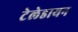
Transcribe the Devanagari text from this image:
टेलेडायन